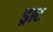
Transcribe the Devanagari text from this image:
ड्राट